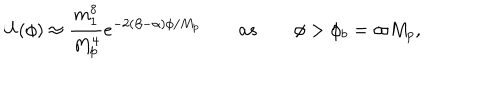
U ( \phi ) \approx \frac { m _ { 1 } ^ { 8 } } { M _ { p } ^ { 4 } } e ^ { - 2 ( \beta - \alpha ) \phi / M _ { p } } \qquad a s \qquad \phi > \phi _ { b } = \varpi M _ { p } ,